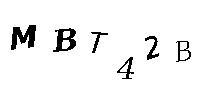
MBT42B